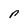
Character: r